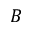
B